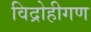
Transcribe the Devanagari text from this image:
विद्रोहीगण